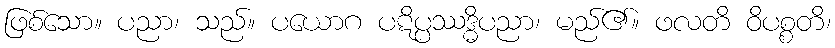
ဖြစ်သော။ ပညာ၊ သည်။ ပယောဂ ပဋိပ္ပဿဒ္ဓိပညာ၊ မည်၏။ ဖလတိ ဝိပစ္စတိ၊